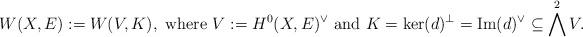
LaTeX: \begin{align*}W(X,E):=W(V,K),\mbox{ where }V:=H^0(X,E)^\vee \mbox{ and } K=\ker(d)^\perp=\mathrm{Im}(d)^\vee\subseteq \bigwedge^2V.\end{align*}